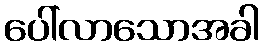
ပေါ်လာသောအခါ